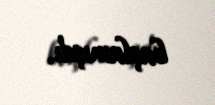
başlamışdı.